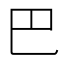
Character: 巴